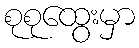
စုစုထွေးမှာ